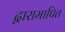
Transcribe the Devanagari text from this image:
द्वारामापित